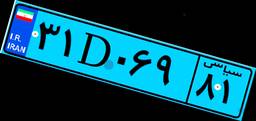
۰۸D۰۲۴۸۱